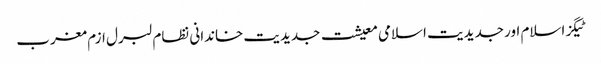
ٹیگزاسلام اور جدیدیت اسلامی معیشت جدیدیت خاندانی نظام لبرل ازم مغرب